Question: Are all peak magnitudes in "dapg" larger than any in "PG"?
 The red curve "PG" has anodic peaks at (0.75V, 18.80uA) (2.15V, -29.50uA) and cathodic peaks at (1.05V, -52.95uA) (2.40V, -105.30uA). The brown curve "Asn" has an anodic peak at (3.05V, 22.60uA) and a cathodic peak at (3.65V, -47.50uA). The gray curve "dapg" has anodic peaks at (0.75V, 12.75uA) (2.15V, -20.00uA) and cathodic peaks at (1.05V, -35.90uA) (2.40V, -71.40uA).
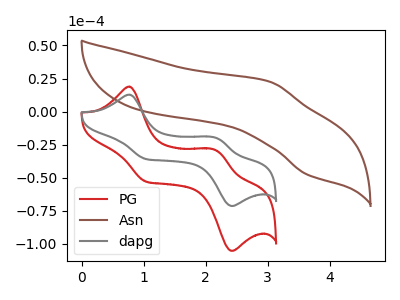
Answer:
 <answer>The peaks in "dapg" are neither all higher or all lower than the peaks in "PG".</answer>
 <eval>mixed</eval>